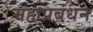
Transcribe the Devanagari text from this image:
महाप्रबंधन